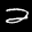
Label: 2